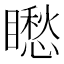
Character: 矁